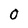
Character: O